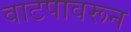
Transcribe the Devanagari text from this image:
वाटपावरून